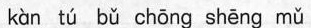
kàn tú bǔ chōng shēng mǔ